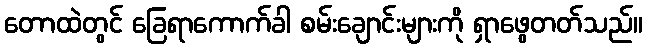
တောထဲတွင် ခြေရာကောက်ခါ စမ်းချောင်းများကို ရှာဖွေတတ်သည်။